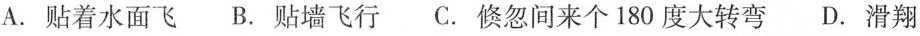
A.贴着水面飞B.贴墙飞行C.倏忽间来个180度大转弯D.滑翔